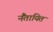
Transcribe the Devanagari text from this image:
नैंतायित